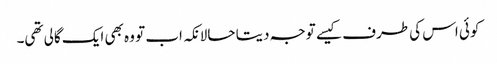
کوئی اس کی طرف کیسے توجہ دیتا حالانکہ اب تو وہ بھی ایک گالی تھی۔